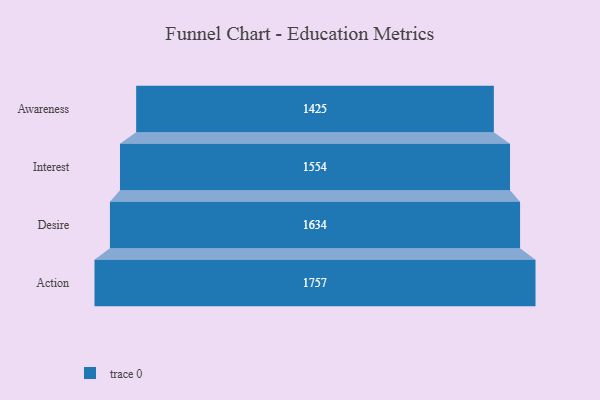
{"axis": {"x": "Stage", "y": "Value"}, "legend": [""], "data": [{"x": "Awareness", "y": 1425.0, "type": ""}, {"x": "Interest", "y": 1554.0, "type": ""}, {"x": "Desire", "y": 1634.0, "type": ""}, {"x": "Action", "y": 1757.0, "type": ""}]}